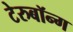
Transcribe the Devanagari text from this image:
टेरुबॉन्ग